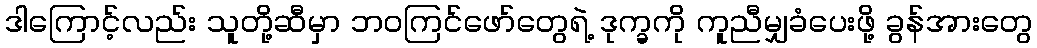
ဒါကြောင့်လည်း သူတို့ဆီမှာ ဘဝကြင်ဖော်တွေရဲ့ ဒုက္ခကို ကူညီမျှခံပေးဖို့ ခွန်အားတွေ